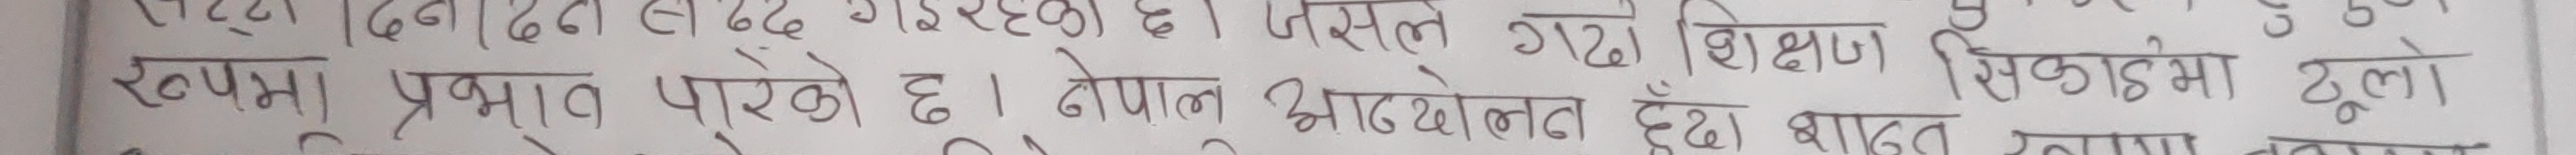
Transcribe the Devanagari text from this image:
रूट दिनु दैन सदै गरि रहेको छ । त्यसले गर्दा शिक्षा
रक्तचापमा प्रभात परेको छ । डोपल भाद्योलन्त दुई वाद्य रक्तचापमा ठूलो